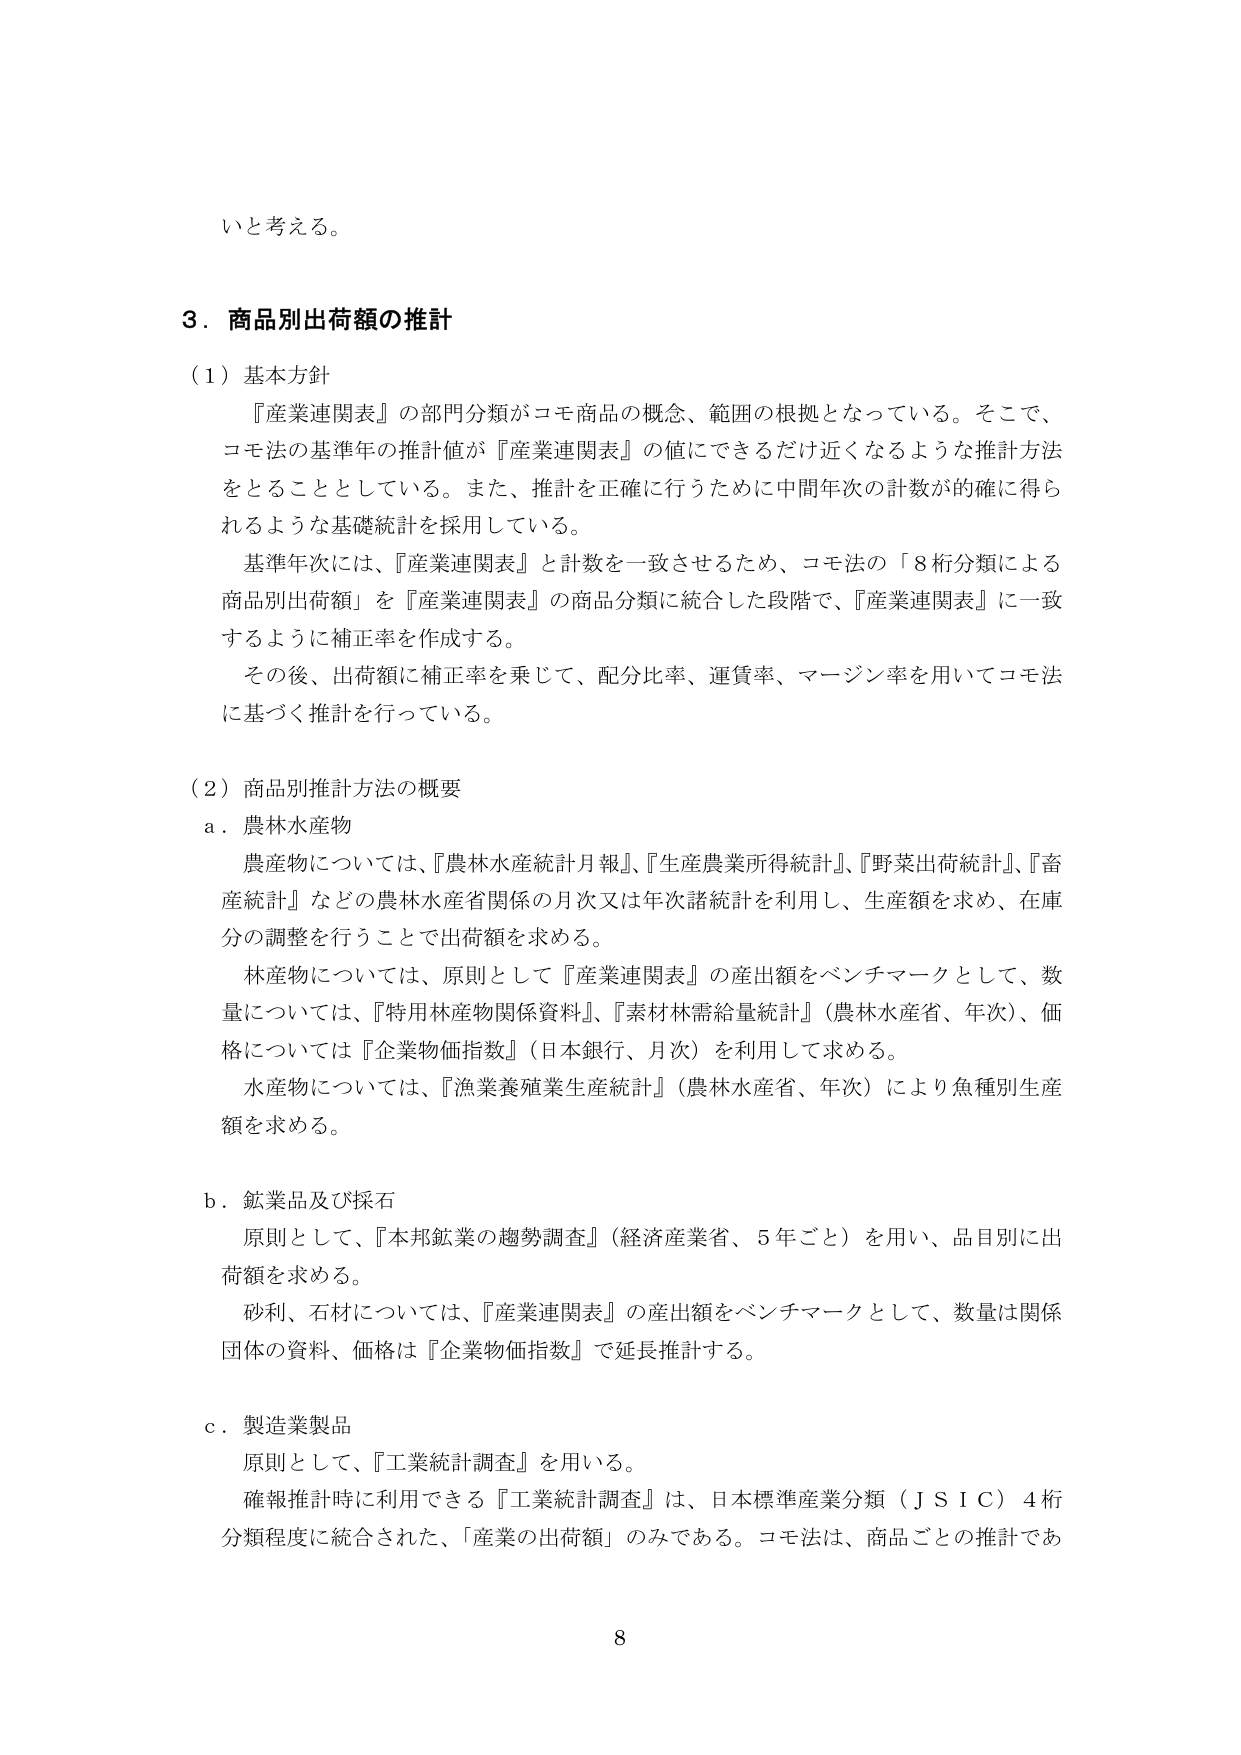
いと考える。

3．商品別出荷額の推計

（1）基本方針
『産業連関表』の部門分類がコモ商品の概念、範囲の根拠となっている。そこで、
コモ法の基準年の推計値が『産業連関表』の値にできるだけ近くなるような推計方法
をとることとしている。また、推計を正確に行うために中間年次の計数が的確に得ら
れるような基礎統計を採用している。
基準年次には、『産業連関表』と計数を一致させるため、コモ法の「8桁分類による
商品別出荷額」を『産業連関表』の商品分類に統合した段階で、『産業連関表』に一致
するように補正率を作成する。
その後、出荷額に補正率を乗じて、配分比率、運賃率、マージン率を用いてコモ法
に基づく推計を行っている。

（2）商品別推計方法の概要
a．農林水産物
農産物については、『農林水産統計月報』、『生産農業所得統計』、『野菜出荷統計』、『畜
産統計』などの農林水産省関係の月次又は年次諸統計を利用し、生産額を求め、在庫
分の調整を行うことで出荷額を求める。
林産物については、原則として『産業連関表』の産出額をベンチマークとして、数
量については、『特用林産物関係資料』、『素材林需給量統計』（農林水産省、年次）、価
格については『企業物価指数』（日本銀行、月次）を利用して求める。
水産物については、『漁業養殖業生産統計』（農林水産省、年次）により魚種別生産
額を求める。

b．鉱業品及び採石
原則として、『本邦鉱業の趨勢調査』（経済産業省、5年ごと）を用い、品目別に出
荷額を求める。
砂利、石材については、『産業連関表』の産出額をベンチマークとして、数量は関係
団体の資料、価格は『企業物価指数』で延長推計する。

c．製造業製品
原則として、『工業統計調査』を用いる。
確報推計時に利用できる『工業統計調査』は、日本標準産業分類（ＪＳＩＣ）4桁
分類程度に統合された、「産業の出荷額」のみである。コモ法は、商品ごとの推計であ

8